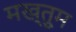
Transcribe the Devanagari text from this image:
मख्तुूम